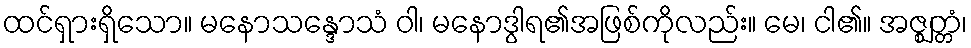
ထင်ရှားရှိသော။ မနောသန္ဒောသံ ဝါ၊ မနောဒွါရ၏အဖြစ်ကိုလည်း။ မေ၊ ငါ၏။ အဇ္ဈတ္တံ၊